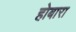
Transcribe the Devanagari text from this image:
होबारा